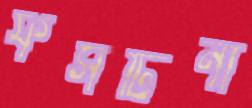
ফসটিনা